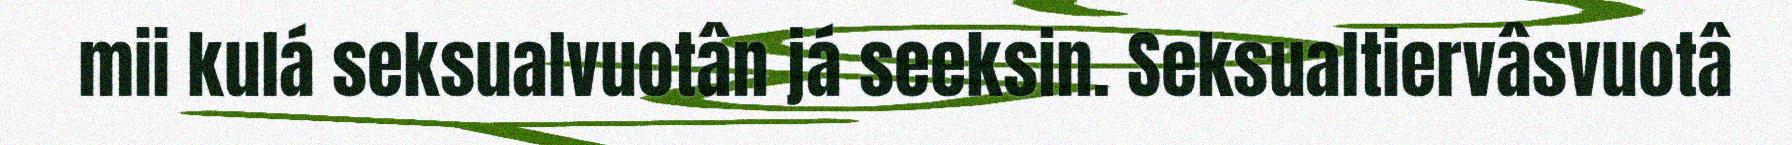
mii kulá seksualvuotân já seeksin. Seksualtiervâsvuotâ